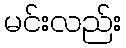
မင်းလည်း